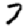
Digit: 7